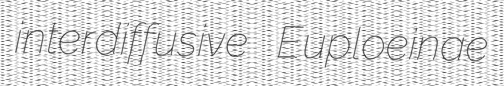
interdiffusive Euploeinae